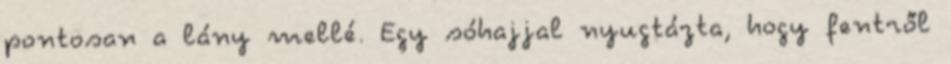
pontosan a lány mellé. Egy sóhajjal nyugtázta, hogy fentről